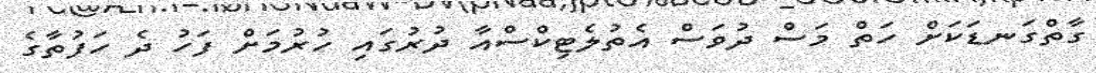
ގާތްގަނޑަކަށް ހަތް މަސް ދުވަސް އެތުލެޓިކްސްއާ ދުރުގައި ހުރުމަށް ފަހު ދެ ހަފުތާގެ